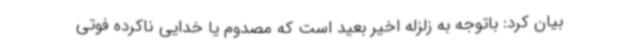
بیان کرد: باتوجه به زلزله اخیر بعید است که مصدوم یا خدایی ناکرده فوتی